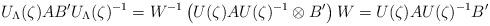
LaTeX: \begin{align*}U_\Lambda(\zeta)AB' U_\Lambda(\zeta)^{-1} = W^{-1}\left( U(\zeta)AU(\zeta)^{-1}\otimes B'\right) W=U(\zeta)AU(\zeta)^{-1} B' \end{align*}